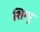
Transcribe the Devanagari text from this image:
शिम्पू